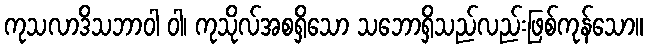
ကုသလာဒိသဘာဝါ ဝါ၊ ကုသိုလ်အစရှိသော သဘောရှိသည်လည်းဖြစ်ကုန်သော။